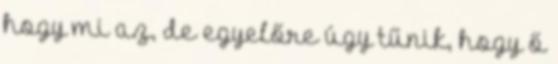
hogy mi az, de egyelőre úgy tűnik, hogy ő